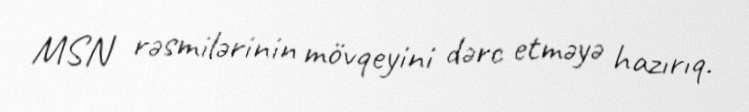
MSN rəsmilərinin mövqeyini dərc etməyə hazırıq.